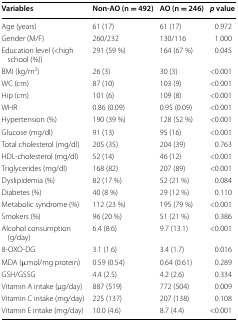
| Variables | Non-AO (n = 492) | AO (n = 246) | p value |
 | --- | --- | --- | --- |
 | Age (years) | 61 (17) | 61 (17) | 0.972 |
 | Gender (M/F) | 260/232 | 130/116 | 1.000 |
 | Education level (<high school (%)) | 291 (59 %) | 164 (67 %) | 0.045 |
 | BMI (kg/m2) | 26 (3) | 30 (3) | <0.001 |
 | WC (cm) | 87 (10) | 103 (9) | <0.001 |
 | Hip (cm) | 101 (6) | 109 (8) | <0.001 |
 | WHR | 0.86 (0.09) | 0.95 (0.09) | <0.001 |
 | Hypertension (%) | 190 (39 %) | 128 (52 %) | <0.001 |
 | Glucose (mg/dl) | 91 (13) | 95 (16) | <0.001 |
 | Total cholesterol (mg/dl) | 205 (35) | 204 (39) | 0.763 |
 | HDL-cholesterol (mg/dl) | 52 (14) | 46 (12) | <0.001 |
 | Triglycerides (mg/dl) | 168 (82) | 207 (89) | <0.001 |
 | Dyslipidemia (%) | 82 (17 %) | 52 (21 %) | 0.084 |
 | Diabetes (%) | 40 (8 %) | 29 (12 %) | 0.110 |
 | Metabolic syndrome (%) | 112 (23 %) | 195 (79 %) | <0.001 |
 | Smokers (%) | 96 (20 %) | 51 (21 %) | 0.386 |
 | Alcohol consumption (g/day) | 6.4 (8.6) | 9.7 (13.1) | <0.001 |
 | 8-OXO-DG | 3.1 (1.6) | 3.4 (1.7) | 0.016 |
 | MDA (μmol/mg protein) | 0.59 (0.54) | 0.64 (0.61) | 0.289 |
 | GSH/GSSG | 4.4 (2.5) | 4.2 (2.6) | 0.334 |
 | Vitamin A intake (μg/day) | 887 (519) | 772 (504) | 0.009 |
 | Vitamin C intake (mg/day) | 225 (137) | 207 (138) | 0.108 |
 | Vitamin E intake (mg/day) | 10.0 (4.6) | 8.7 (4.4) | <0.001 |